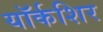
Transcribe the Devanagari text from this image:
यॉर्कशिर